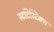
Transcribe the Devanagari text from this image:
स्टटिस्टिक्स